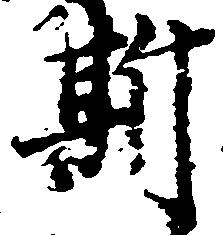
斯